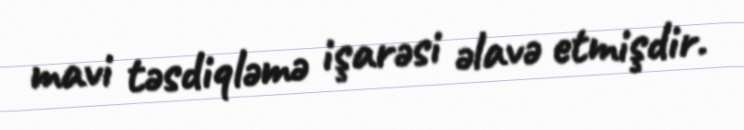
mavi təsdiqləmə işarəsi əlavə etmişdir.